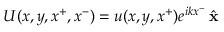
U ( x , y , x ^ { + } , x ^ { - } ) = u ( x , y , x ^ { + } ) e ^ { i k x ^ { - } } \, { \hat { \mathbf { x } } }